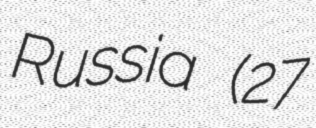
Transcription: Russia (27